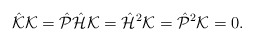
\begin{align*}\hat{\cal K}{\cal K}=\hat{\cal P}\hat{\cal H}{\cal K}=\hat{\cal H}^2{\cal K}=\hat{\cal P}^2{\cal K}=0.\end{align*}